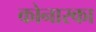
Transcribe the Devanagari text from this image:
कोनारका